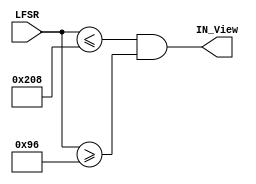
`timescale 1ns / 1ps
//////////////////////////////////////////////////////////////////////////////////
// Company: 
// Engineer: 
// 
// Design Name: 
// Module Name:    IN_Screen 
// Project Name: 
// Target Devices: 
// Tool versions: 
// Description: 
//
// Dependencies: 
//
// Revision: 
// Revision 0.01 - File Created
// Additional Comments: 
//
//////////////////////////////////////////////////////////////////////////////////
module IN_Screen(LFSR, IN_View);

input [15:0] LFSR;

output IN_View;

	//assign IN_View = (520 >= LFSR >= 150);
	assign IN_View = ((LFSR <= 520) & (LFSR >= 150));

endmodule